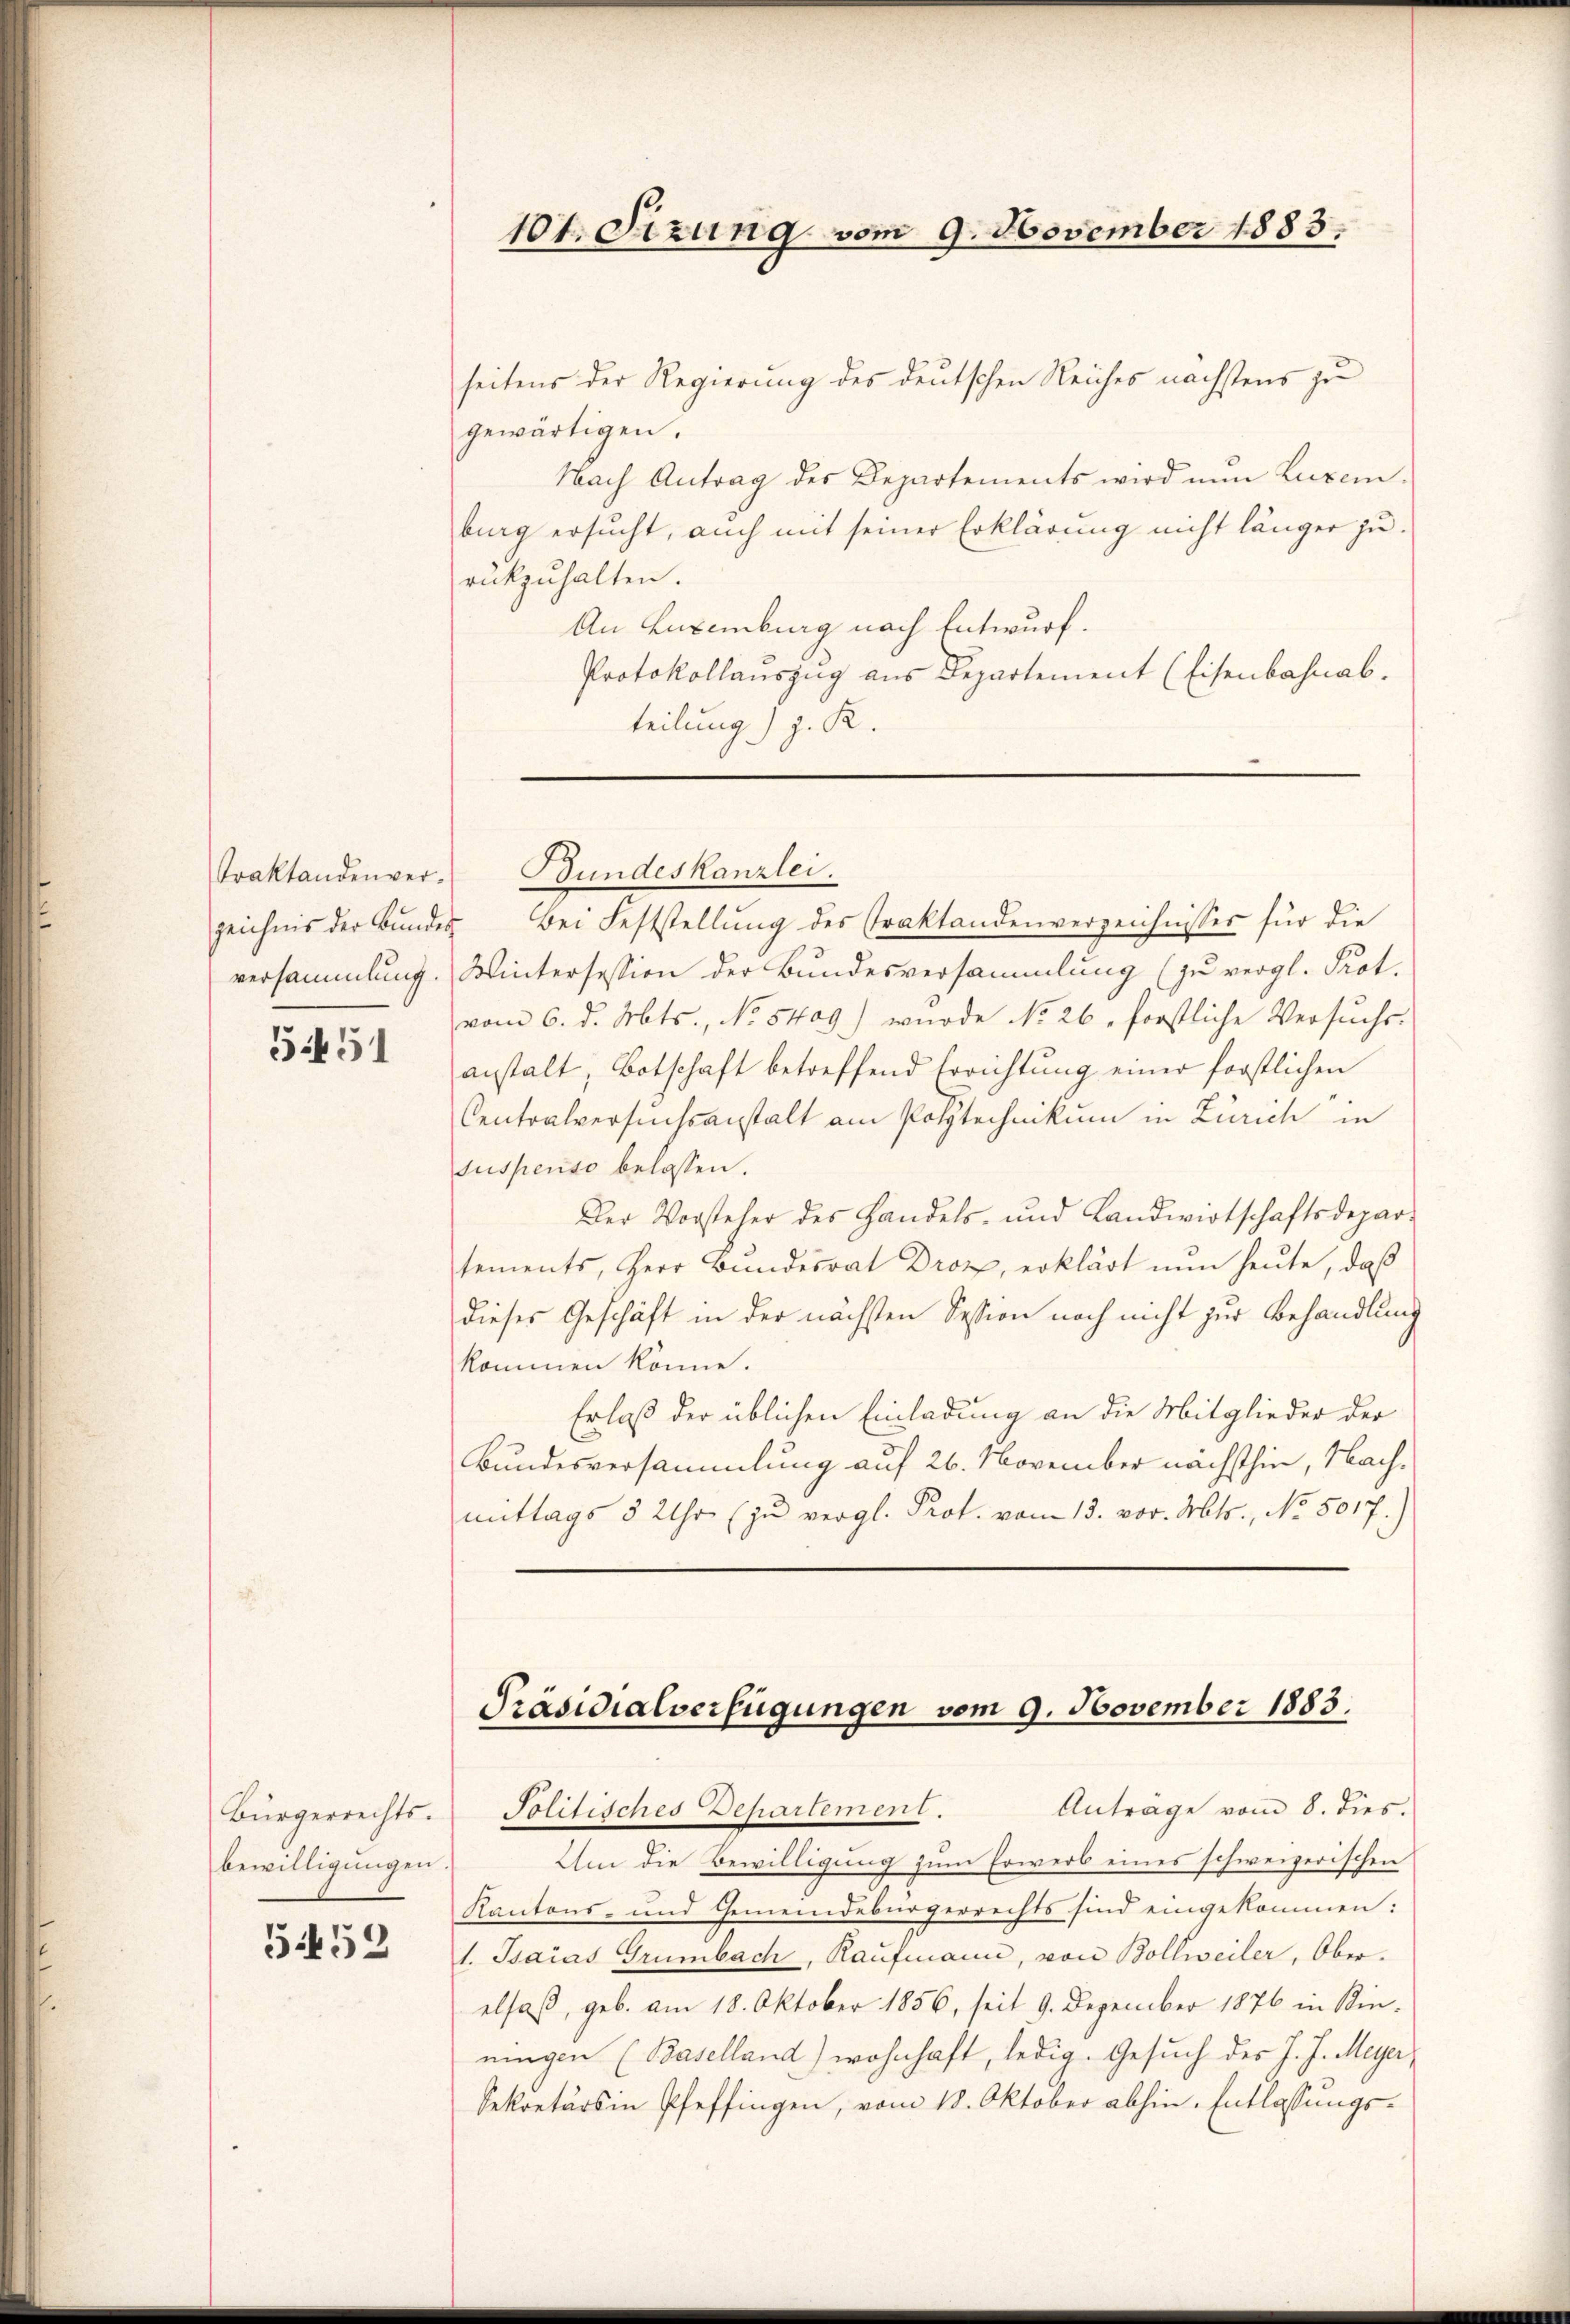
Traktandenverzeichnis der Bundes

5451

Bürgerrechts.
bewilligungen.

5452

101. Sizung vom 9. November 1883.

seitens der Regierung des deutschen Reiches nächstens zu
gewärtigen.
Nach Antrag des Departements wird nun Luxemburg ersucht, auch mit seiner Erklärung nicht länger zu.
rückzuhalten.
An Luxenburg nach Entwurf.
Protokollauszug aus Departement (Eisenbahnab.
teilung) z. R.
Bei Feststellung des Traktandenverzeichnisses für die
versammlung. Wintersession der Bundesversammlung (zu vergl. Prot.
vom 6. d. Mts., No 5409) wurde No. 26, forstliche Versuchs-
anstalt, Botschaft betreffend Errichtung einer forstlichen
Centralversuchsanstalt am Polytechnikum in Zürich in
suspenso belassen.
Der Vorsteher des Handels- und Landwirtschaftsdepar-
tements, Herr Bundesrat Droz, erklärt nun heute, daß
dieses Geschäft in der nächsten Session noch nicht zur Behandlung
kommen könne.
Erlaß der üblichen Einladung an die Mitglieder der
Bundesversammlung auf 26. November nächsthin, Nachmittags 3 Uhr (zu vergl. Prot. vom 13. vor. Mts., No. 5017.

Bundeskanzlei.

Präsidialverfügungen vom 9. November 1883.
Anträge vom 8. dies.
Politisches Departement.

Um die Bewilligung zum Erwerb eines schweizerischen
Kantons- und Gemeindebürgerrechts sind eingekommen:
1. Psaias Grünbach, Kaufmann, von Bollweiler, Oberelsaß, geb. am 18. Oktober 1856, seit 9. Dezember 1876 in Kinningen (Baselland) wohnhaft, ledig. Gesuch des J. J. Meyer,
Sekretärs in Pfeffingen, vom 18. Oktober abhin. Entlassungs¬